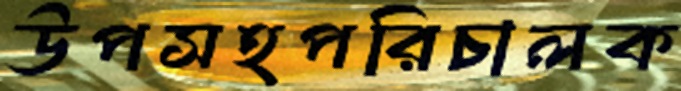
উপসহপরিচালক